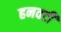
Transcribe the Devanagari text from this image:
हनवटी